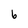
Character: b